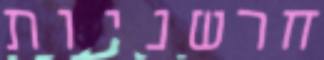
חרשניות